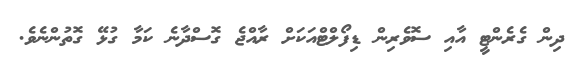
ދިން ގެރެންޓީ އާއި ސޮވެރިން ޑިފޯލްޓްއަކަށް ރާއްޖެ ގޮސްދާނެ ކަމާ ގުޅޭ ގޮތުންނެވެ.